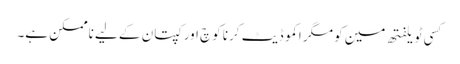
کسی ٹویلفتھ مین کو مگر اکموڈیٹ کرنا کوچ اور کپتان کے لیے ناممکن ہے۔